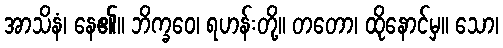
အာသိနံ၊ နေ၏။ ဘိက္ခဝေ၊ ရဟန်းတို့။ တတော၊ ထိုနောင်မှ။ သော၊